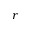
r